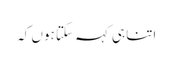
اتنا ہی کہہ سکتا ہوں کہ